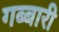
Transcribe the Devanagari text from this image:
गब्बारी